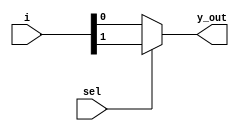
`timescale 1ns / 1ps

module mux_2_1(
    input [1:0] i,
    input sel,
    output y_out    
    );
    assign y_out= sel ? i[1] : i[0];
endmodule

module mux_4_1(
    input [3:0] i,
    input [1:0]select,
    output y_out
    );
    wire [1:0]w;
    
    mux_2_1 m1(i[1:0], select[0], w[0]);
    mux_2_1 m2(i[3:2], select[0], w[1]);
    mux_2_1 m3(w, select[1], y_out);
    
endmodule